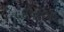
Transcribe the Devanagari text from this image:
५६५१०७